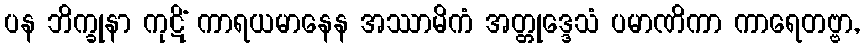
ပန ဘိက္ခုနာ ကုဋိံ ကာရယမာနေန အဿာမိကံ အတ္တုဒ္ဒေသံ ပမာဏိကာ ကာရေတဗ္ဗာ,